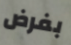
بفرض